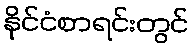
နိုင်ငံစာရင်းတွင်